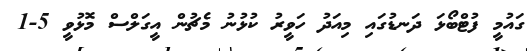
ގައުމީ ފުޓްބޯޅަ ދަނޑުގައި މިއަދު ހަވީރު ކުޅުނު މެޗުން އީގަލްސް މޮޅުވީ 5-1